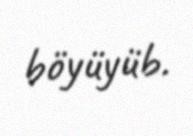
böyüyüb.